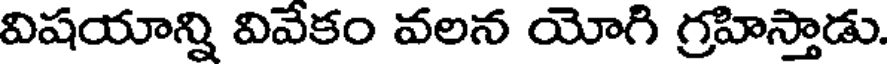
విషయాన్ని వివేకం వలన యోగి గ్రహిస్తాడు.